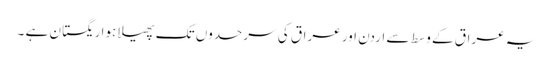
یہ عراق کے وسط سے اردن اور عراق کی سرحدوں تک پھیلا ہوا ریگستان ہے ۔